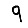
Digit: 9